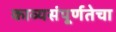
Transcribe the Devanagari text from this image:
काव्यसंपूर्णतेचा